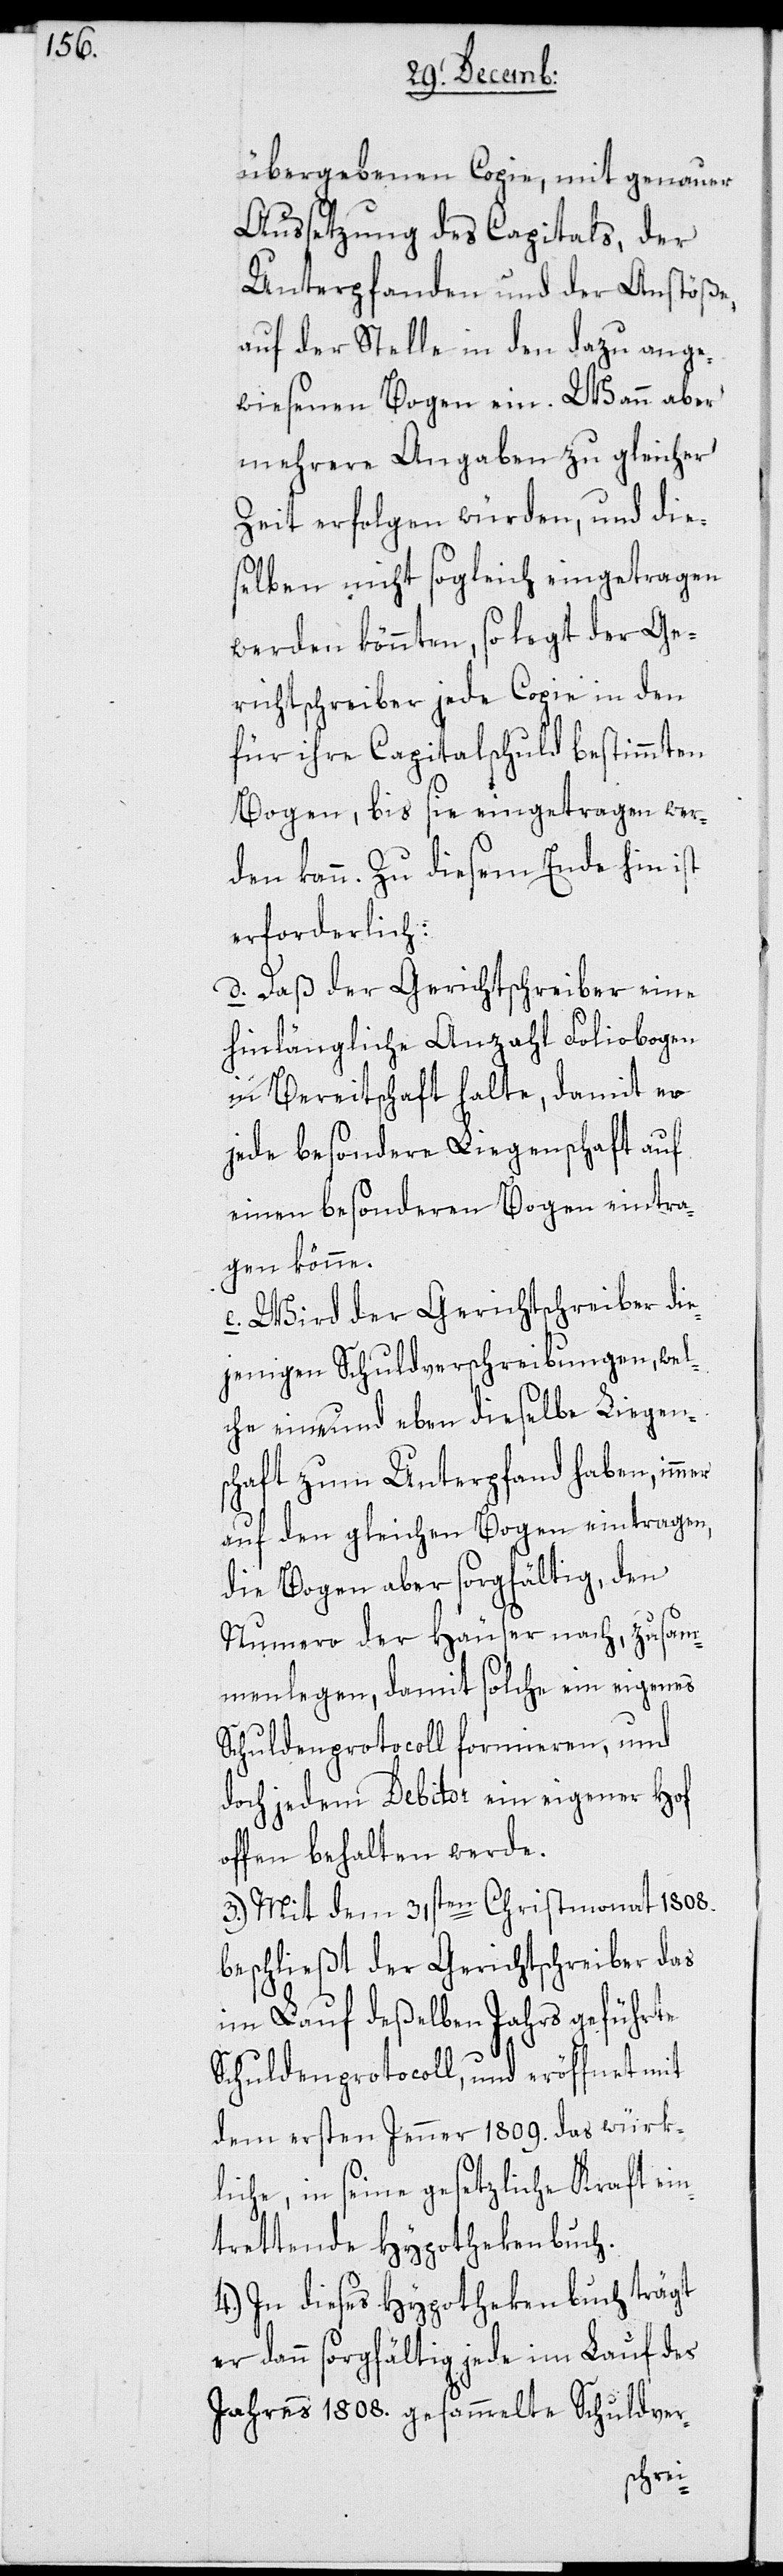
übergebenen Copie, mit genauer
Aussetzung des Capitals, der
Unterpfanden und der Anstöße,
auf der Stelle in den dazu ange¬
wiesenen Bogen ein. Wann aber
mehrere Angaben zu gleicher
Zeit erfolgen würden, und die¬
selben nicht sogleich eingetragen
werden könnten, so legt der Ge¬
richtschreiber jede Copie in den
für ihre Capitalschuld bestimmten
Bogen, bis sie eingetragen wer¬
den kann. Zu diesem Ende hin ist
erforderlich:
d. Daß der Gerichtschreiber eine
hinlängliche Anzahl Foliobogen
in Bereitschaft halte, damit er
jede besondere Liegenschaft auf
einen besonderen Bogen eintra¬
gen könne.
e. Wird der Gerichtschreiber die¬
jenigen Schuldverschreibungen, wel¬
che ein und eben dieselbe Liegens¬
chaft zum Unterpfand haben, immer
auf den gleichen Bogen eintragen,
die Bogen aber sorgfältig, den
Numero der Häuser nach, zusam¬
menlegen, damit solche ein eigenes
Schuldenprotocoll formieren, und
doch jedem Debitor ein eigener Hof
offen behalten werde.
3.) Mit dem 31sten Christmonat 1808.
beschließt der Gerichtschreiber das
im Lauf deßelben Jahrs geführte
Schuldenprotocoll, und eröffnet mit
dem ersten Jenner 1809. das würk¬
liche, in seine gesetzliche Kraft ein¬
trettende Hypothekenbuch.
4.) In dieses Hypothekenbuch trägt
er dann sorgfältig jede im Lauf des
Jahres 1808. gesammelte Schuldver-